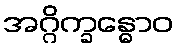
အဂ္ဂိက္ခန္ဓောဝ